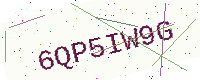
Text: 6QP5IW9G